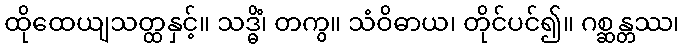
ထိုထေယျသတ္ထနှင့်။ သဒ္ဓိံ၊ တကွ။ သံဝိဓာယ၊ တိုင်ပင်၍။ ဂစ္ဆန္တဿ၊